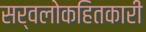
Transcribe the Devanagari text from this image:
सर्वलोकहितकारी